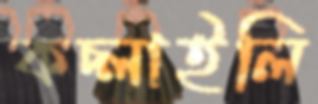
কচ্‌লাইলি